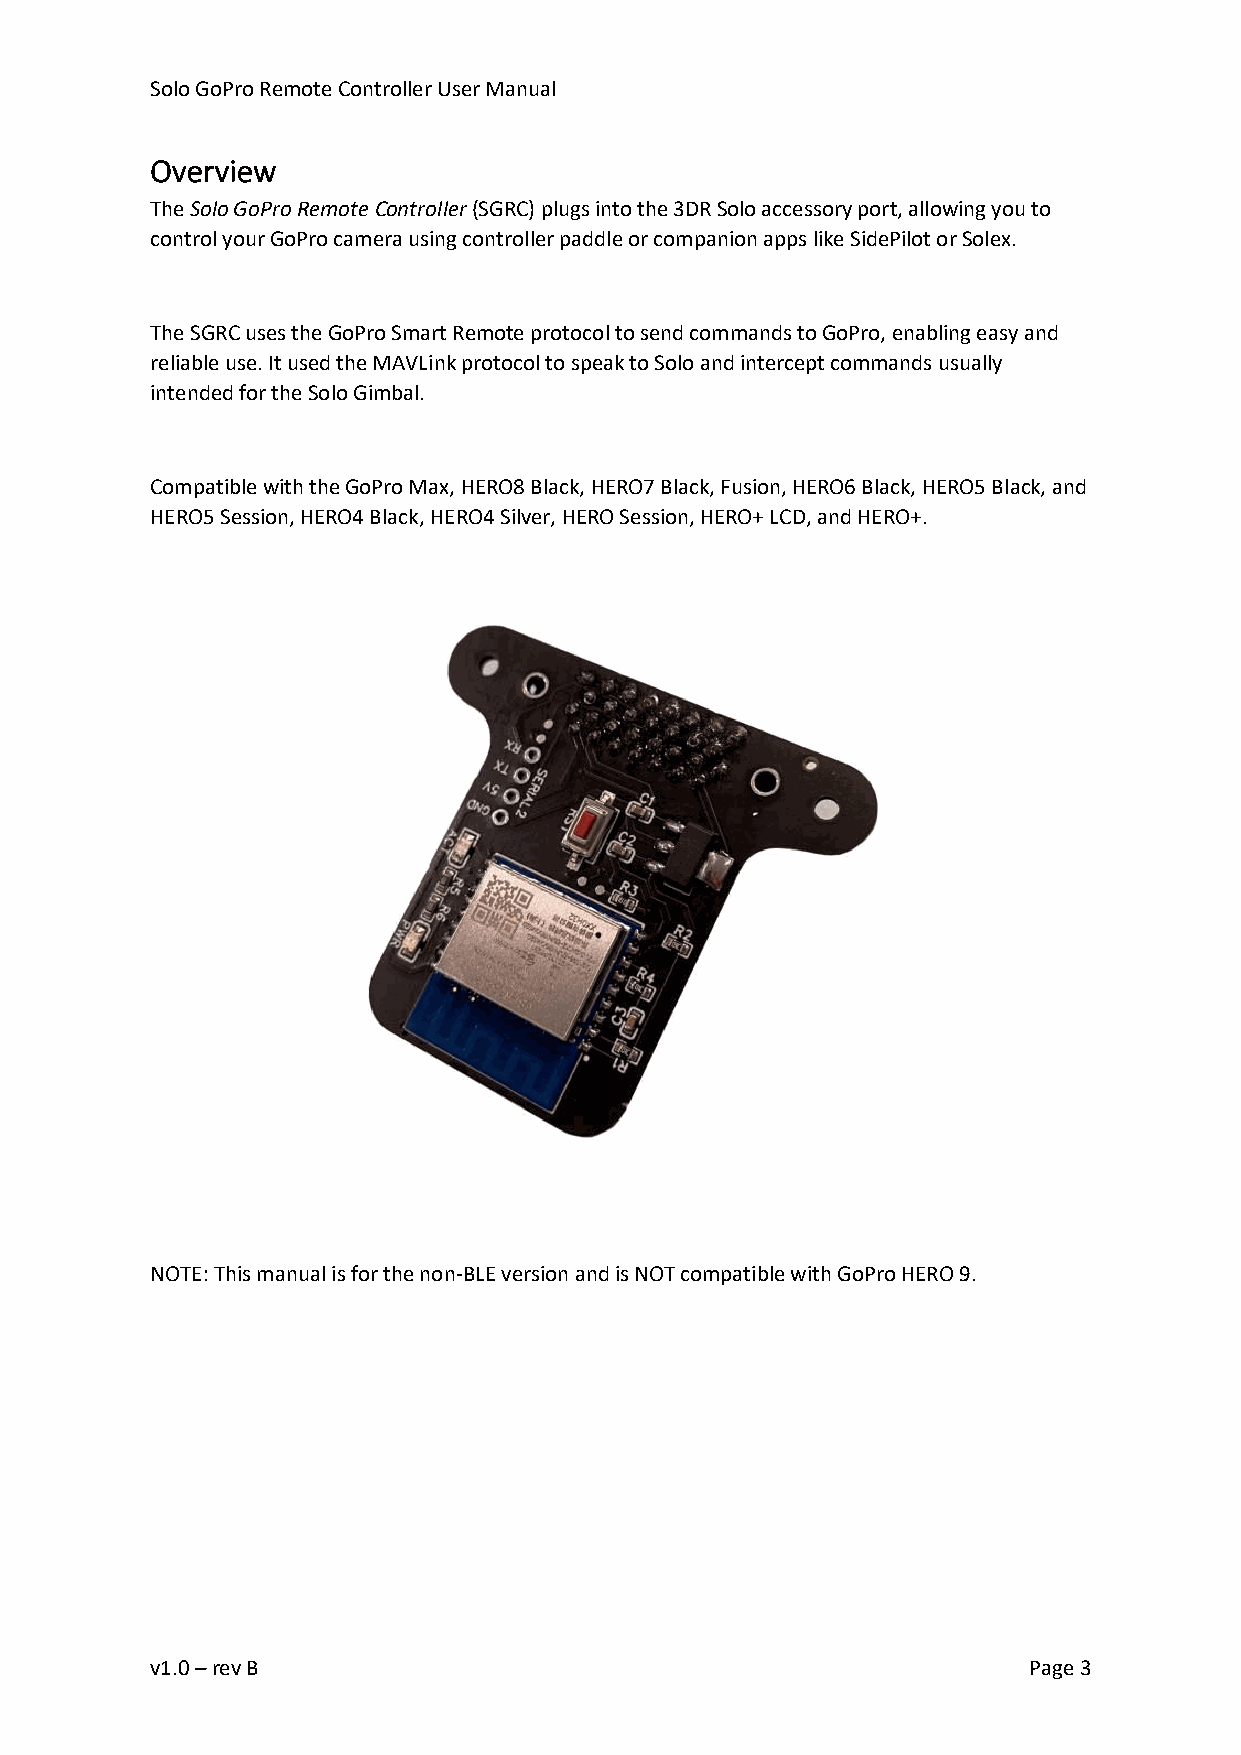
Solo GoPro Remote Controller User Manual
 Overview
 The Solo GoPro Remote Controller (SGRC) plugs into the 3DR Solo accessory port, allowing you to
 control your GoPro camera using controller paddle or companion apps like SidePilot or Solex.
 The SGRC uses the GoPro Smart Remote protocol to send commands to GoPro, enabling easy and
 reliable use. It used the MAVLink protocol to speak to Solo and intercept commands usually
 intended for the Solo Gimbal.
 Compatible with the GoPro Max, HERO8 Black, HERO7 Black, Fusion, HERO6 Black, HERO5 Black, and
 HERO5 Session, HERO4 Black, HERO4 Silver, HERO Session, HERO+ LCD, and HERO+.
 NOTE: This manual is for the non-BLE version and is NOT compatible with GoPro HERO 9.
 v1.0 – rev B                                              Page 3